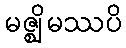
မဇ္ဈိမဿပိ